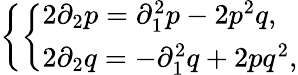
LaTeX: \left\{ \left\{ \begin{array}{ll}{{2\partial_{2}p=\partial_{1}^{2}p-2p^{2}q,}}\\ {{2\partial_{2}q=-\partial_{1}^{2}q+2pq^{2},}}\end{array}\right.\right.